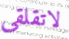
لاتقلقى